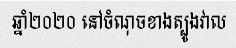
ឆ្នាំ២០២០ នៅចំណុចខាងត្បូងវាល